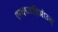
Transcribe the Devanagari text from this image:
एस्थच्जहिओउस्